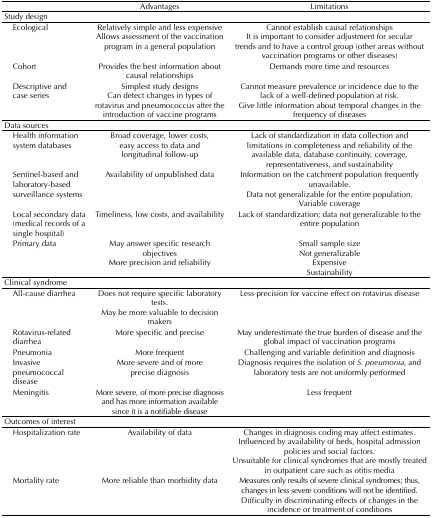
<table><thead><tr><td><b> </b></td><td><b>Advantages</b></td><td><b>Limitations</b></td></tr></thead><tbody><tr><td>Study design</td><td> </td><td> </td></tr><tr><td>Ecological</td><td>Relatively simple and less expensive Allows assessment of the vaccination program in a general population</td><td>Cannot establish causal relationships It is important to consider adjustment for secular trends and to have a control group (other areas without vaccination programs or other diseases)</td></tr><tr><td>Cohort</td><td>Provides the best information about causal relationships</td><td>Demands more time and resources</td></tr><tr><td>Descriptive and case series</td><td>Simplest study designs Can detect changes in types of rotavirus and pneumococcus after the introduction of vaccine programs</td><td>Cannot measure prevalence or incidence due to the lack of a well-defined population at risk. Give little information about temporal changes in the frequency of diseases</td></tr><tr><td>Data sources</td><td> </td><td> </td></tr><tr><td>Health information system databases</td><td>Broad coverage, lower costs, easy access to data and longitudinal follow-up</td><td>Lack of standardization in data collection and limitations in completeness and reliability of the available data, database continuity, coverage, representativeness, and sustainability</td></tr><tr><td>Sentinel-based and laboratory-based surveillance systems</td><td>Availability of unpublished data</td><td>Information on the catchment population frequently unavailable. Data not generalizable for the entire population. Variable coverage</td></tr><tr><td>Local secondary data (medical records of a single hospital)</td><td>Timeliness, low costs, and availability</td><td>Lack of standardization; data not generalizable to the entire population</td></tr><tr><td>Primary data</td><td>May answer specific research objectives More precision and reliability</td><td>Small sample size Not generalizable Expensive Sustainability</td></tr><tr><td>Clinical syndrome</td><td> </td><td> </td></tr><tr><td>All-cause diarrhea</td><td>Does not require specific laboratory tests. May be more valuable to decision makers</td><td>Less precision for vaccine effect on rotavirus disease</td></tr><tr><td>Rotavirus-related diarrhea</td><td>More specific and precise</td><td>May underestimate the true burden of disease and the global impact of vaccination programs</td></tr><tr><td>Pneumonia</td><td>More frequent</td><td>Challenging and variable definition and diagnosis</td></tr><tr><td>Invasive pneumococcal disease</td><td>More severe and of more precise diagnosis</td><td>Diagnosis requires the isolation of <i>S. pneumonia, </i>and laboratory tests are not uniformly performed</td></tr><tr><td>Meningitis</td><td>More severe, of more precise diagnosis and has more information available since it is a notifiable disease</td><td>Less frequent</td></tr><tr><td>Outcomes of interest</td><td> </td><td> </td></tr><tr><td>Hospitalization rate</td><td>Availability of data</td><td>Changes in diagnosis coding may affect estimates. Influenced by availability of beds, hospital admission policies and social factors. Unsuitable for clinical syndromes that are mostly treated in outpatient care such as otitis media</td></tr><tr><td>Mortality rate</td><td>More reliable than morbidity data</td><td>Measures only results of severe clinical syndromes; thus, changes in less severe conditions will not be identified. Difficulty in discriminating effects of changes in the incidence or treatment of conditions</td></tr></tbody></table>